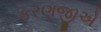
કરણજીએ